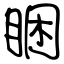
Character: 睏